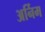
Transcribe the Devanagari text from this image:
अर्निम